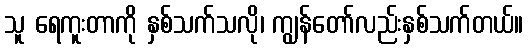
သူ ရေကူးတာကို နှစ်သက်သလို၊ ကျွန်တော်လည်းနှစ်သက်တယ်။